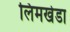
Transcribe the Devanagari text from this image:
लिमखेडा